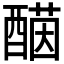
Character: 𨡤